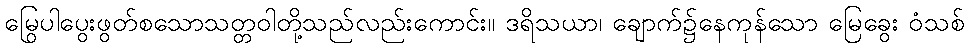
မြွေပါပွေးဖွတ်စသောသတ္တဝါတို့သည်လည်းကောင်း။ ဒရိသယာ၊ ချောက်၌နေကုန်သော မြေခွေး ဝံသစ်